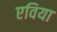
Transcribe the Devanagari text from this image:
एविया